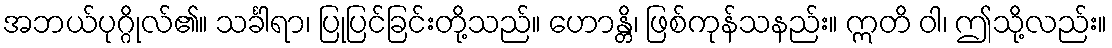
အဘယ်ပုဂ္ဂိုလ်၏။ သင်္ခါရာ၊ ပြုပြင်ခြင်းတို့သည်။ ဟောန္တိ၊ ဖြစ်ကုန်သနည်း။ ဣတိ ဝါ၊ ဤသို့လည်း။